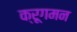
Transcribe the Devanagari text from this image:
क्रूगमन